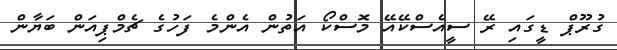
ގުރޫޕް ޑީގައި ރޭ ސީއެސްކޭއޭ މޮސްކޯ އަތުން އެންމެ ފަހުގެ ޗެމްޕިއަން ބަޔާން